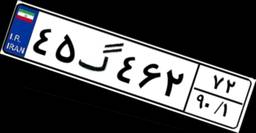
۰۰گ۷۱۰۴۴